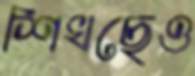
শিখছেও